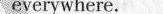
everywhere.